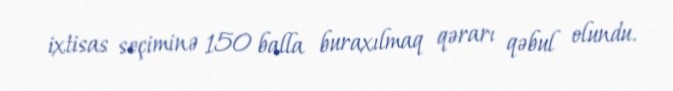
ixtisas seçiminə 150 balla buraxılmaq qərarı qəbul olundu.